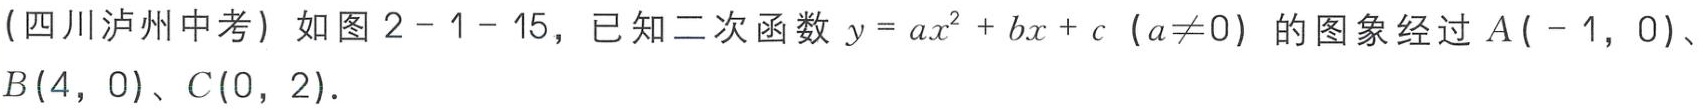
(四川泸州中考) 如图 \(2 - 1 - 15\)，已知二次函数 \(y = ax^{2}+bx + c\) (\(a\neq0\)) 的图象经过 \(A(-1,0)\)、\(B(4,0)\)、\(C(0,2)\)．